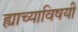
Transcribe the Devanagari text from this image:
ह्याच्याविषयी